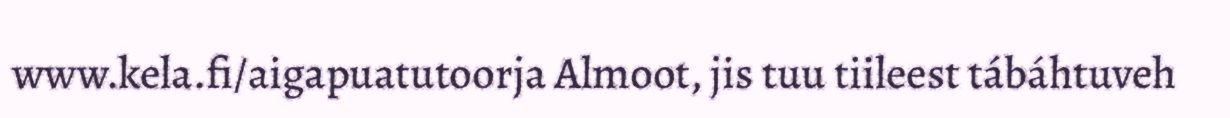
www.kela.fi/aigapuatutoorja Almoot, jis tuu tiileest tábáhtuveh